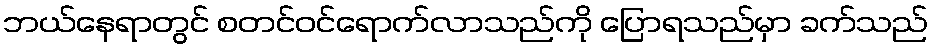
ဘယ်နေရာတွင် စတင်ဝင်ရောက်လာသည်ကို ပြောရသည်မှာ ခက်သည်